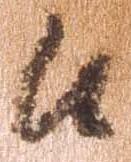
候